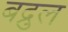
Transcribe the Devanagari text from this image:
बद्रुल